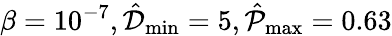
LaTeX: \beta=10^{-7},\hat{\mathcal{D}}_{\operatorname*{min}}=5,\hat{\mathcal{P}}_{\operatorname*{max}}=0.63